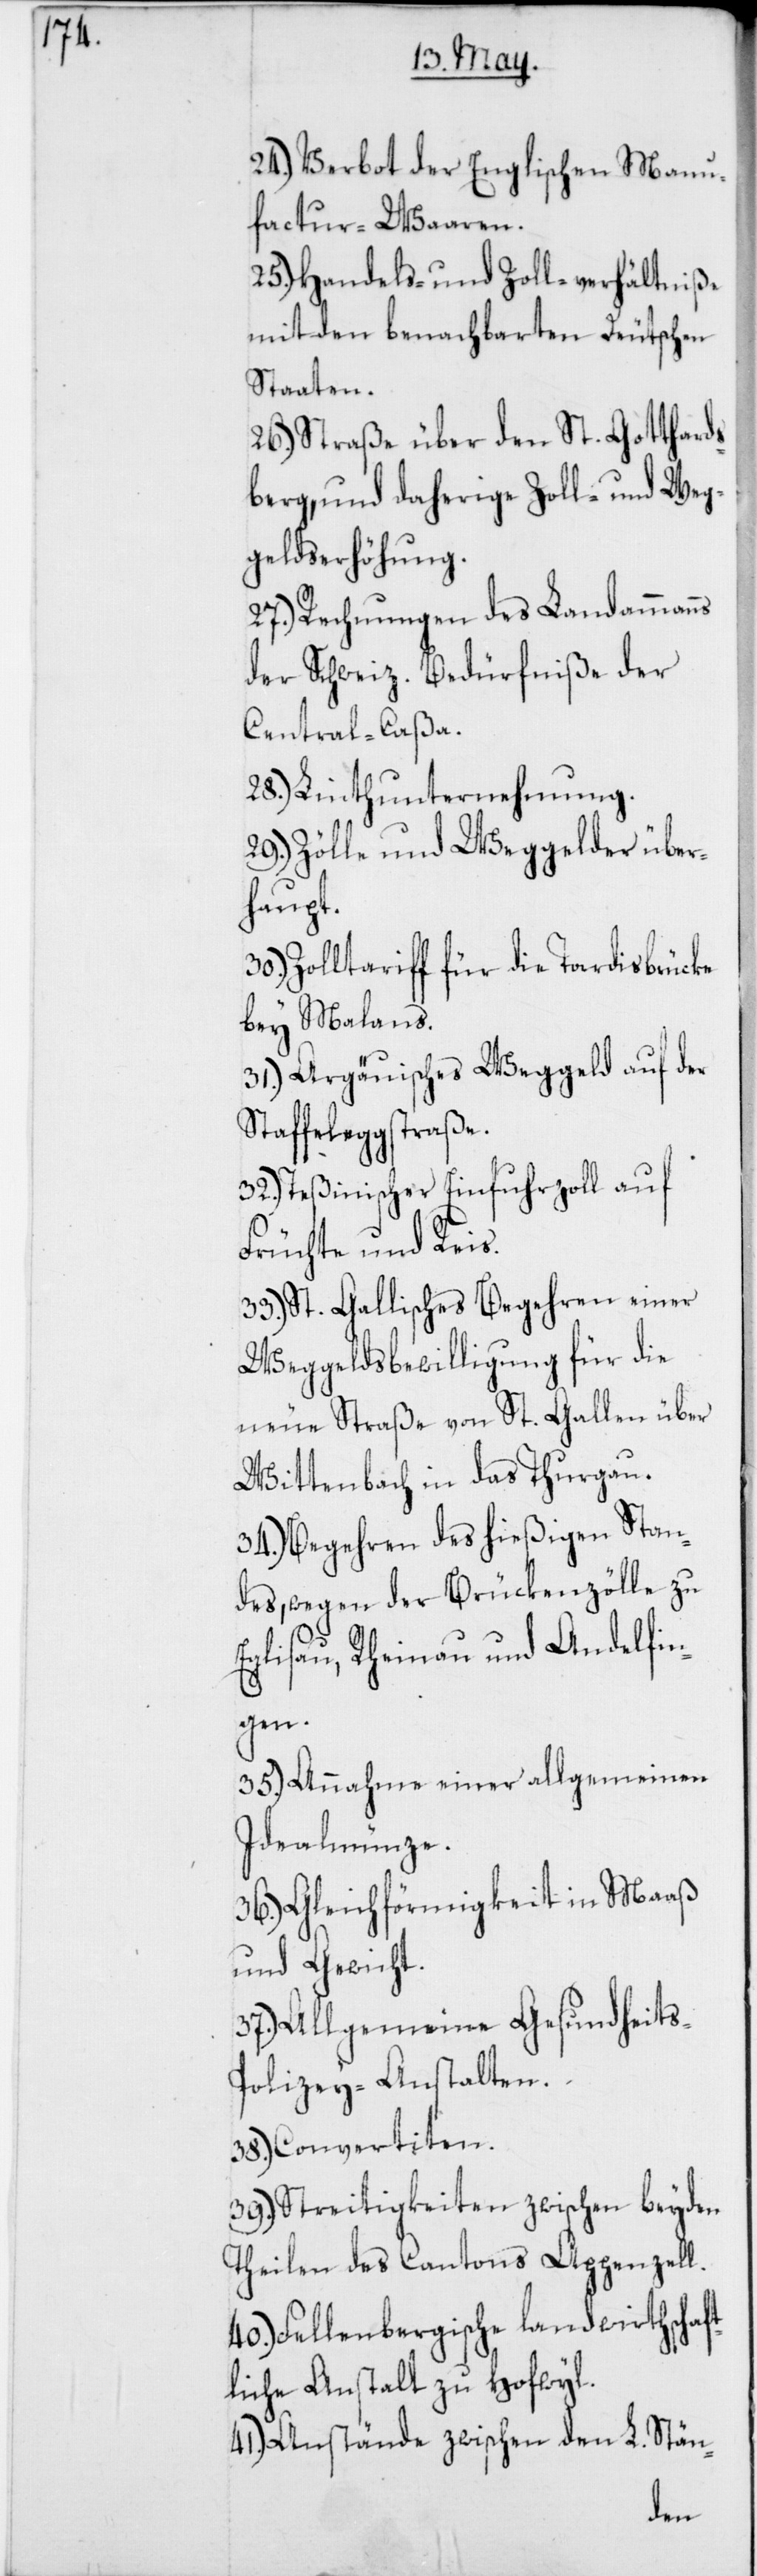
24.) Verbot der englischen Manu¬
factur-Waaren.
25.) Handels- und Zoll-verhältniße
mit den benachbarten Deutschen
Staaten.
26.) Straße über den St. Gotthards¬
berg, und daherige Zoll- und Weg¬
geldserhöhung.
27.) Rechnungen des Landammanns
der Schweiz. Bedürfniße der
Central-Caßa.
28.) Linthunternehmung.
29.) Zölle und Weggelder über¬
haupt.
Zolltariff für die Tardisbrücke
bey Malans.
31.) Argauisches Weggeld auf der
Staffeleggstraße.
32.) Teßinischer Einfuhrzoll auf
Früchte und Reis.
33.) St. Gallisches Begehren einer
Weggeldsbewilligung für die
neue Straße von St. Gallen über
Wittenbach in das Thurgau.
34.) Begehren des hießigen Stan¬
des, wegen der Brückenzölle zu
Eglisau, Rheinau und Andelfin¬
gen.
35.) Annahme einer allgemeinen
Idealmünze.
36.) Gleichförmigkeit in Maaß
und Gewicht.
37.) Allgemeine Gesundheits-P¬
olizey-Anstalten.
38.) Convertiten.
39.) Streitigkeiten zwischen beyden
Theilen des Cantons Appenzell.
40.) Fellenbergische landwirthschaf¬
tliche Anstalt zu Hofwyl.
41.) Anstände zwischen den L. Stän-